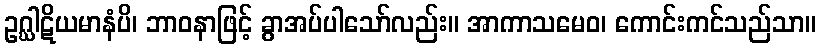
ဥဂ္ဃါဋိယမာနံပိ၊ ဘာဝနာဖြင့် ခွာအပ်ပါသော်လည်း။ အာကာသမေဝ၊ ကောင်းကင်သည်သာ။